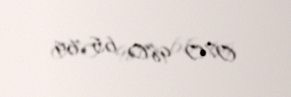
070 980 65 69